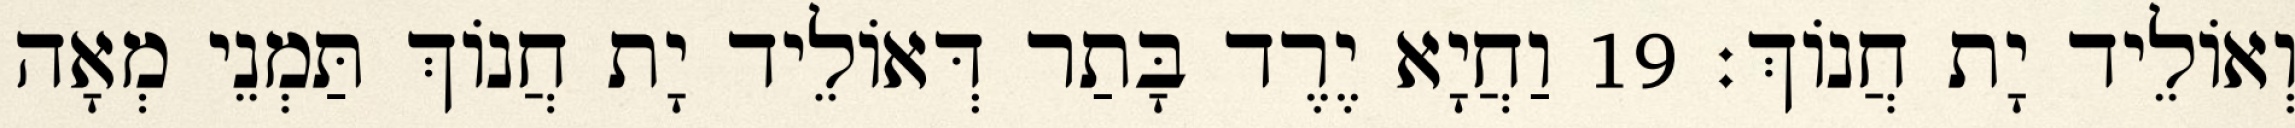
וְאוֹלֵיד יָת חֲנוֹךְ׃ 19 וַחֲיָא יֶרֶד בָּתַר דְּאוֹלֵיד יָת חֲנוֹךְ תַּמְנֵי מְאָה